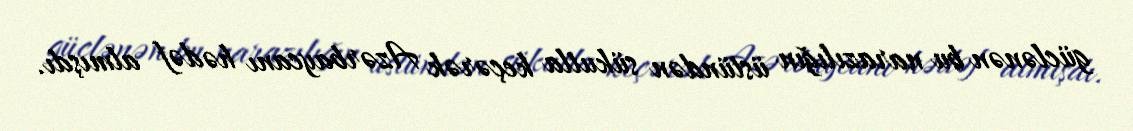
güclənən bu narazılığın üstündən sükutla keçərək Azərbaycanı hədəf almışdı.